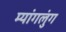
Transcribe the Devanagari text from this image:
म्यांगलुंग